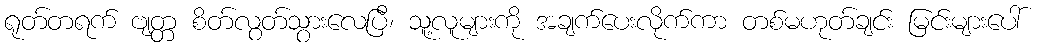
ရုတ်တရက် ဗျတ္တ စိတ်လွတ်သွားလေပြီ၊ သူ့လူများကို အချက်ပေးလိုက်ကာ တစ်မဟုတ်ချင်း မြင်းများပေါ်